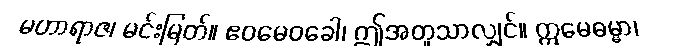
မဟာရာဇ၊ မင်းမြတ်။ ဧဝမေဝခေါ၊ ဤအတူသာလျှင်။ ဣမေဓမ္မာ၊